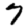
Digit: 7